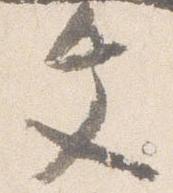
文